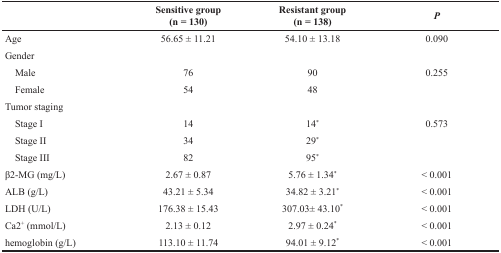
|  | Sensitive group(n = 130) | Resistant group(n = 138) | P |
 | --- | --- | --- | --- |
 | Age | 56.65 ± 11.21 | 54.10 ± 13.18 | 0.090 |
 | Gender |  |  |  |
 | Male | 76 | 90 | 0.255 |
 | Female | 54 | 48 |  |
 | Tumor staging |  |  |  |
 | Stage I | 14 | 14* | 0.573 |
 | Stage II | 34 | 29* |  |
 | Stage III | 82 | 95* |  |
 | β2-MG (mg/L) | 2.67 ± 0.87 | 5.76 ± 1.34* | < 0.001 |
 | ALB (g/L) | 43.21 ± 5.34 | 34.82 ± 3.21* | < 0.001 |
 | LDH (U/L) | 176.38 ± 15.43 | 307.03± 43.10* | < 0.001 |
 | Ca2+ (mmol/L) | 2.13 ± 0.12 | 2.97 ± 0.24* | < 0.001 |
 | hemoglobin (g/L) | 113.10 ± 11.74 | 94.01 ± 9.12* | < 0.001 |